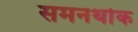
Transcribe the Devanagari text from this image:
समनर्थाक